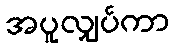
အပူလျှပ်ကာ